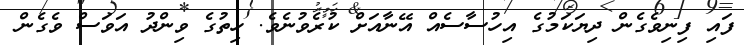
ފައި ފިނިވެގެން ދިޔަކަމުގެ އިހުސާސެއް އޭނާއަށް ކުރެވުނެވެ. ހިތުގެ ވިންދު އަވަސް ވެގެން